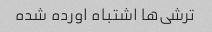
ترشی‌ها اشتباه اورده شده